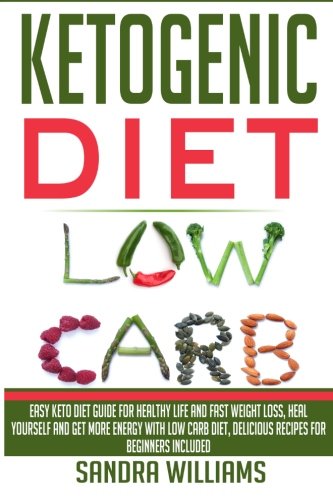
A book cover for Ketogenic Diet: Easy Keto Diet Guide For Healthy Life And Fast Weight Loss, Heal Yourself And Get More Energy With Low Carb Diet, Delicious Recipes ... Lose Carb With Keto Hybrid Diet) (Volume 1); Sandra Williams; Health, Fitness & Dieting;